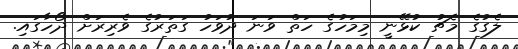
ލެގުގެ މެޗު ކުޅޭނީ މިމަހުގެ ހަތް ވަނަ ދުވަހު ގަތަރުގެ ވެރިރަށް ދޯހާގައި.